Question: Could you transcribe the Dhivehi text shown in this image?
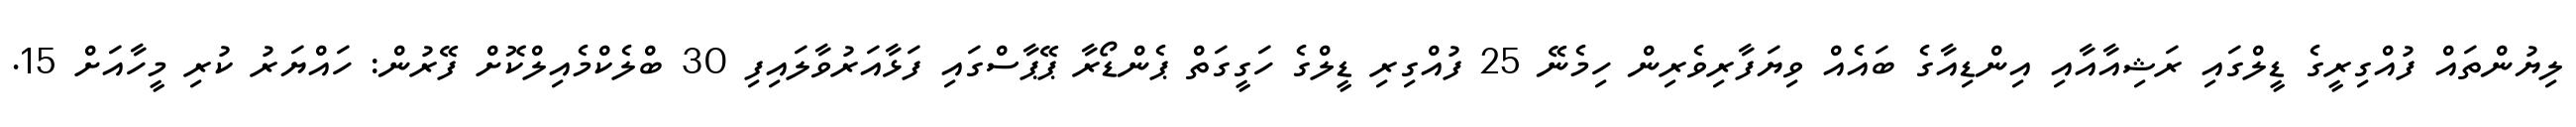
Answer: ލިޔުންތައް ފުއްގިރީގެ ޑީލްގައި ރަޝިއާއާއި އިންޑިއާގެ ބައެއް ވިޔަފާރިވެރިން ހިމެނޭ 25 ފުއްގިރި ޑީލްގެ ހަގީގަތް ޕެންޑޯރާ ޕޭޕާސްގައި ފަޅާއަރުވާލައިފި 30 ބްލެކްމެއިލްކޮށް ފޭރުން: ހައްޔަރު ކުރި މީހާއަށް 15.